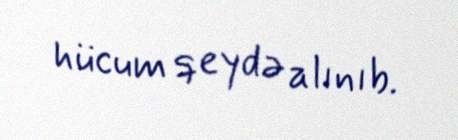
hücum qeydə alınıb.